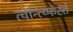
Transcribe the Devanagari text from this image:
त्वेन्त्य्फिर्स्त